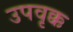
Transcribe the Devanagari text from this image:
उपवृक्क